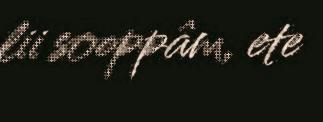
lii sooppâm, ete